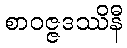
စာဝဇ္ဇဒဿိနီ